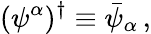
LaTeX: (\psi^{\alpha})^{\dagger}\equiv\bar{\psi}_{\alpha}\, ,